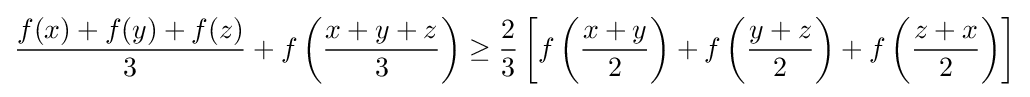
{\frac {f(x)+f(y)+f(z)}{3}}+f\left({\frac {x+y+z}{3}}\right)\geq {\frac {2}{3}}\left[f\left({\frac {x+y}{2}}\right)+f\left({\frac {y+z}{2}}\right)+f\left({\frac {z+x}{2}}\right)\right]